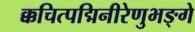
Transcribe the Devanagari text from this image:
क्कचित्पद्मिनीरेणुभङ्गे